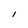
Character: I